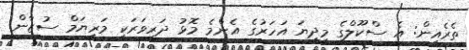
ތެރެއިން: އެ ސްކޫލްގެ މިދިޔަ އަހަރުގެ އެންމެ މޮޅު ދަރިވަރަކީ މަރިޔަމް ސުޒާން